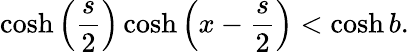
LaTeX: \cosh\left(\frac{s}{2}\right)\cosh\left(x-\frac{s}{2}\right)<\cosh b.